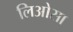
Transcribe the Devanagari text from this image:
लिओसा